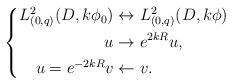
LaTeX: \begin{align*} \left\{\begin{aligned}L^2_{(0,q)}(D, k\phi_0)&\leftrightarrow L^2_{(0,q)}(D, k\phi) \\u&\rightarrow e^{2kR}u, \\u=e^{-2kR}v&\leftarrow v.\end{aligned}\right.\end{align*}